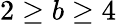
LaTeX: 2\geq b\geq 4